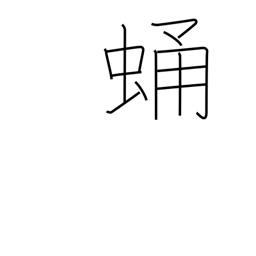
Meaning: chrysalis